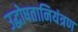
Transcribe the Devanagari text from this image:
उद्घोषतानियंत्रण